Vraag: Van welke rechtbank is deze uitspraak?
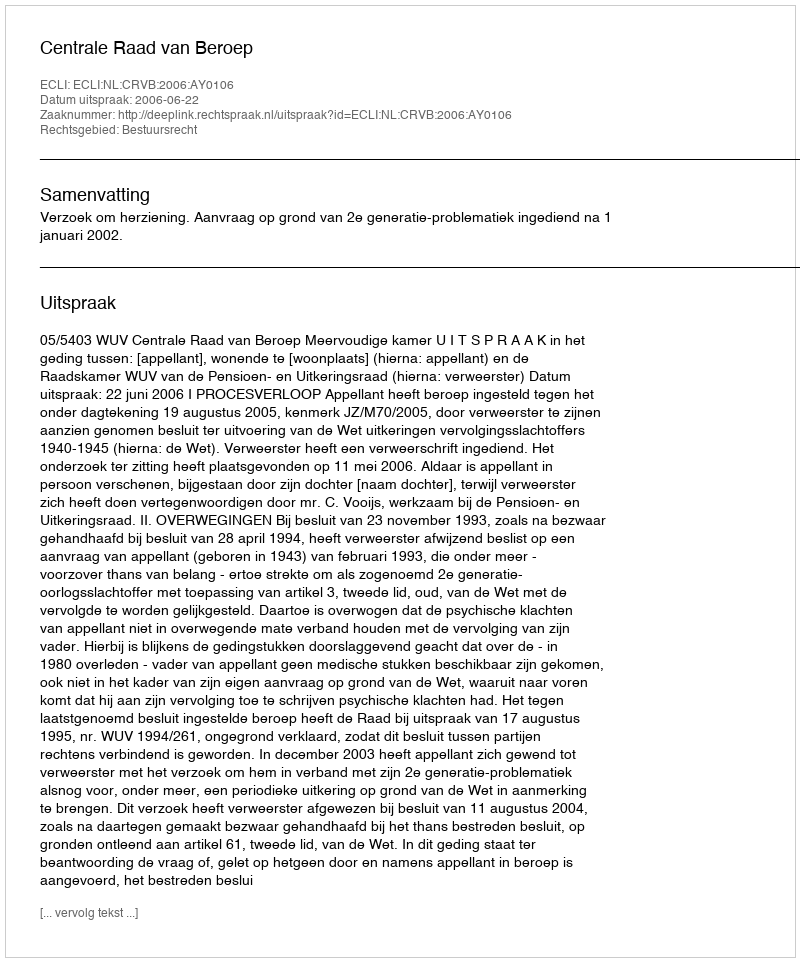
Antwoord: Centrale Raad van Beroep